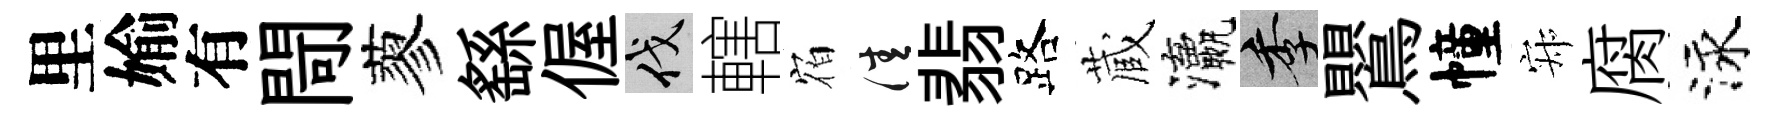
里媮有閜蓼繇偓伐轄𪧐佳翡路蔵瀛季鸎幢寂腐泳